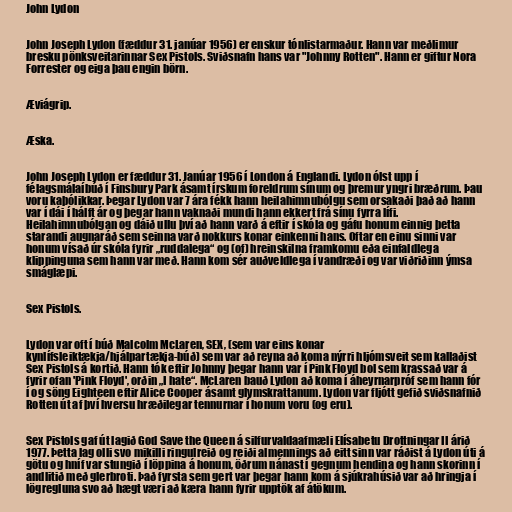
John Lydon

John Joseph Lydon (fæddur 31. janúar 1956) er enskur tónlistarmaður. Hann var meðlimur
bresku pönksveitarinnar Sex Pistols. Sviðsnafn hans var "Johnny Rotten". Hann er giftur Nora
Forrester og eiga þau engin börn.

Æviágrip.

Æska.

John Joseph Lydon er fæddur 31. Janúar 1956 í London á Englandi. Lydon ólst upp í
félagsmálaíbúð í Finsbury Park ásamt írskum foreldrum sínum og þremur yngri bræðrum. Þau
voru kaþólikkar. Þegar Lydon var 7 ára fékk hann heilahimnubólgu sem orsakaði það að hann
var í dái í hálft ár og þegar hann vaknaði mundi hann ekkert frá sínu fyrra lífi.
Heilahimnubólgan og dáið ullu því að hann varð á eftir í skóla og gáfu honum einnig þetta
starandi augnaráð sem seinna varð nokkurs konar einkenni hans. Oftar en einu sinni var
honum vísað úr skóla fyrir „ruddalega“ og (of) hreinskilna framkomu eða einfaldlega
klippinguna sem hann var með. Hann kom sér auðveldlega í vandræði og var viðriðinn ýmsa
smáglæpi.

Sex Pistols.

Lydon var oft í búð Malcolm McLaren, SEX, (sem var eins konar
kynlífsleiktækja/hjálpartækja-búð) sem var að reyna að koma nýrri hljómsveit sem kallaðist
Sex Pistols á kortið. Hann tók eftir Johnny þegar hann var í Pink Floyd bol sem krassað var á
fyrir ofan 'Pink Floyd', orðin „I hate“. McLaren bauð Lydon að koma í áheyrnarpróf sem hann fór
í og söng Eighteen eftir Alice Cooper ásamt glymskrattanum. Lydon var fljótt gefið sviðsnafnið
Rotten út af því hversu hræðilegar tennurnar í honum voru (og eru).

Sex Pistols gaf út lagið God Save the Queen á silfurvaldaafmæli Elísabetu Drottningar II árið
1977. Þetta lag olli svo mikilli ringulreið og reiði almennings að eitt sinn var ráðist á Lydon úti á
götu og hníf var stungið í löppina á honum, öðrum nánast í gegnum hendina og hann skorinn í
andlitið með glerbroti. Það fyrsta sem gert var þegar hann kom á sjúkrahúsið var að hringja í
lögregluna svo að hægt væri að kæra hann fyrir upptök af átökum.